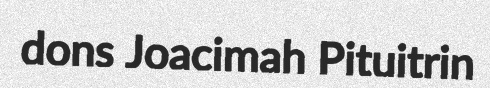
dons Joacimah Pituitrin